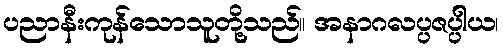
ပညာနီးကုန်သောသူတို့သည်။ အနာဂလပ္ပဇပ္ပါယ၊